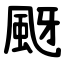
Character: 颬